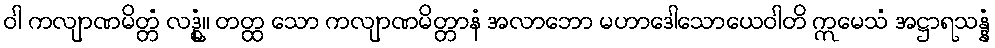
ဝါ ကလျာဏမိတ္တံ လဒ္ဓုံ။ တတ္ထ သော ကလျာဏမိတ္တာနံ အလာဘော မဟာဒေါသောယေဝါတိ ဣမေသံ အဋ္ဌာရသန္နံ